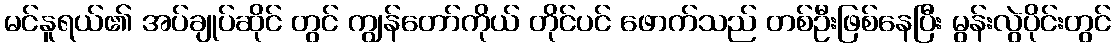
မင်နူရယ်၏ အပ်ချုပ်ဆိုင် တွင် ကျွန်တော်ကိုယ် တိုင်ပင် ဖောက်သည် တစ်ဦးဖြစ်နေပြီး မွန်းလွဲပိုင်းတွင်